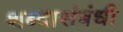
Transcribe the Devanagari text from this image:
शब्दासंबंधी